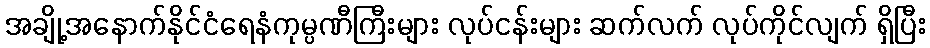
အချို့အနောက်နိုင်ငံရေနံကုမ္ပဏီကြီးများ လုပ်ငန်းများ ဆက်လက် လုပ်ကိုင်လျက် ရှိပြီး